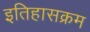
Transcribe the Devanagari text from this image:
इतिहासक्रम